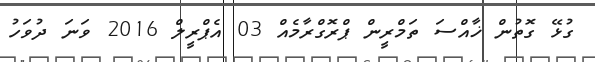
ގުޅޭ ގޮތުން ޚާއްސަ ތަމްރީން ޕްރޮގްރާމެއް 03 އެޕްރީލް 2016 ވަނަ ދުވަހު